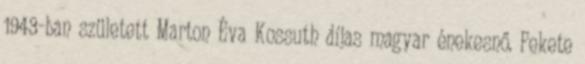
1943-ban született Marton Éva Kossuth díjas magyar énekesnő. Fekete